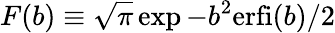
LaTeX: F(b)\equiv\sqrt{\pi}\exp{-b^{2}}\mathrm{erfi}(b)/2